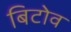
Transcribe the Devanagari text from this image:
बिटोव